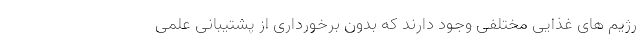
رژیم های غذایی مختلفی وجود دارند که بدون برخورداری از پشتیبانی علمی